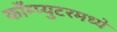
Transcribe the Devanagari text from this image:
काँम्प्युटरमध्ये